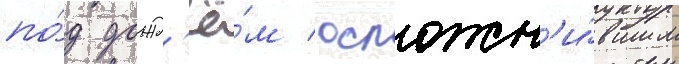
по́д дожд'ё́м / осложн'и́вшим